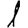
Digit: 1